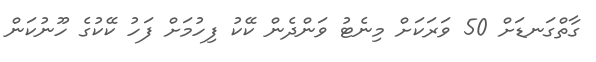
ގާތްގަނޑަށް 50 ވަރަކަށް މިނެޓު ވަންދެން ކޭކު ފިހުމަށް ފަހު ކޭކުގެ ހޫނުކަން